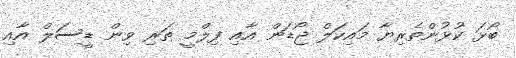
ބޯޅަ ކުޅުންތެރިޔާ މައިކަލް ޖޯޑަން އާއި ފިލްމީ ތަރި ވިން ޑީސަލް އާއި